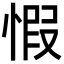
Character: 𢝄